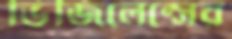
ভিজিলেন্সের